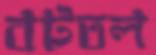
বটতল